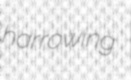
harrowing